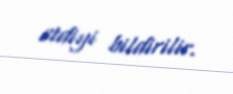
etdiyi bildirilir.